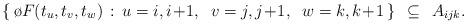
LaTeX: \begin{align*} \{\, \o F(t_u,t_v,t_w) \,:\, u=i,i\!+\!1,\;\; v=j,j\!+\!1,\;\; w=k,k\!+\!1\, \} \,\;\subseteq\; \,A_{ijk}.\end{align*}